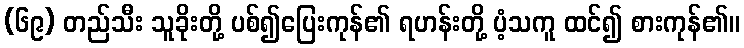
(၆၉) တည်သီး သူခိုးတို့ ပစ်၍ပြေးကုန်၏ ရဟန်းတို့ ပံ့သကူ ထင်၍ စားကုန်၏။